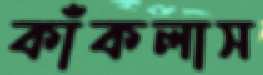
কাঁকলাস